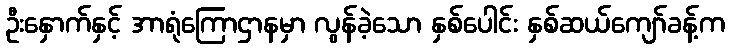
ဦးနှောက်နှင့် အာရုံကြောဌာနမှာ လွန်ခဲ့သော နှစ်ပေါင်း နှစ်ဆယ်ကျော်ခန့်က